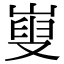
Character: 㟬